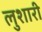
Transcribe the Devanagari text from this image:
लुशारी